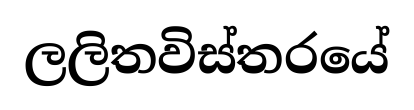
ලලිතවිස්තරයේ